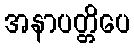
အနာပတ္တိပေ